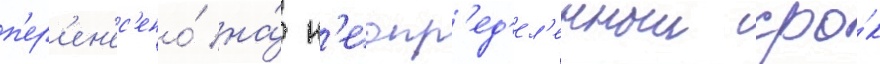
п'ер'ен'ес'ено́ на́ н'еопр'ед'ел'енныи сро́к